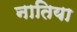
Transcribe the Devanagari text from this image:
नातिया